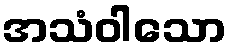
အသံဝါသော